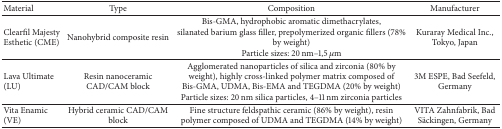
<table><thead><tr><td><b>Material</b></td><td><b>Type</b></td><td><b>Composition</b></td><td><b>Manufacturer</b></td></tr></thead><tbody><tr><td>Clearfil Majesty Esthetic (CME)</td><td>Nanohybrid composite resin</td><td>Bis-GMA, hydrophobic aromatic dimethacrylates, silanated barium glass filler, prepolymerized organic fillers (78% by weight)Particle sizes: 20 nm–1,5 <i>μ</i>m</td><td>Kuraray Medical Inc., Tokyo, Japan</td></tr><tr><td>Lava Ultimate (LU)</td><td>Resin nanoceramic CAD/CAM block</td><td>Agglomerated nanoparticles of silica and zirconia (80% by weight), highly cross-linked polymer matrix composed of Bis-GMA, UDMA, Bis-EMA and TEGDMA (20% by weight)Particle sizes: 20 nm silica particles, 4–11 nm zirconia particles</td><td>3M ESPE, Bad Seefeld, Germany</td></tr><tr><td>Vita Enamic (VE)</td><td>Hybrid ceramic CAD/CAM block</td><td>Fine structure feldspathic ceramic (86% by weight), resin polymer composed of UDMA and TEGDMA (14% by weight)</td><td>VITA Zahnfabrik, Bad Säckingen, Germany</td></tr></tbody></table>